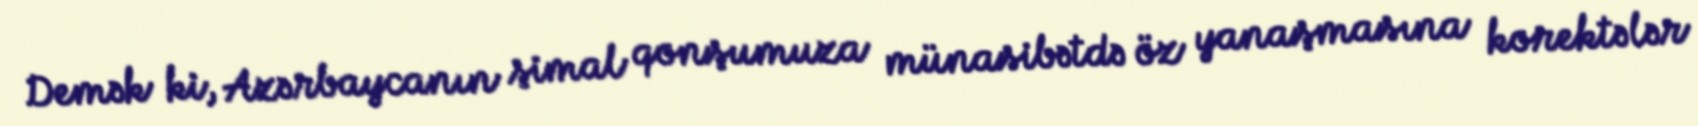
Demək ki, Azərbaycanın şimal qonşumuza münasibətdə öz yanaşmasına korektələr